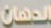
الدهان